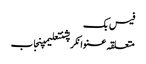
فیس بک
متعلقہ عنوانکرپشنتعلیمپنجاب